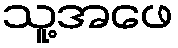
သူ့အဖေ